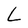
Character: L